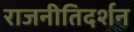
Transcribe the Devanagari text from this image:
राजनीतिदर्शन